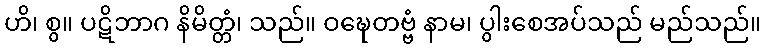
ဟိ၊ စွ။ ပဋိဘာဂ နိမိတ္တံ၊ သည်။ ဝဍ္ဎေတဗ္ဗံ နာမ၊ ပွါးစေအပ်သည် မည်သည်။